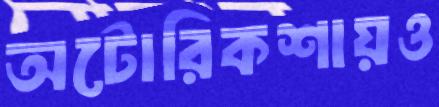
অটোরিকশায়ও